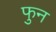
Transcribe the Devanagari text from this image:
फुन